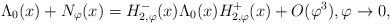
LaTeX: \begin{align*}\Lambda_{0}(x) + N_{\varphi}(x) =H_{2,\varphi}^-(x)\Lambda_{0}(x)H_{2,\varphi}^+(x)+O(\varphi^3),\varphi\to 0,\end{align*}